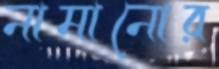
নামানোর